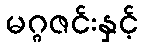
မဂ္ဂဇင်းနှင့်